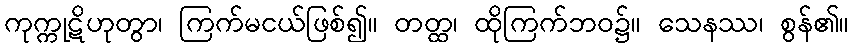
ကုက္ကုဋိဟုတွာ၊ ကြက်မငယ်ဖြစ်၍။ တတ္ထ၊ ထိုကြက်ဘဝ၌။ သေနဿ၊ စွန်၏။